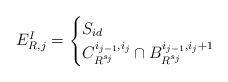
LaTeX: \begin{align*} E^I_{R, j} = \begin{cases} S_{id} & \\ C^{i_{j - 1}, i_{j}}_{R^{s_j}} \cap B^{i_{j - 1}, i_j + 1}_{R^{s_j}} & \end{cases} \end{align*}